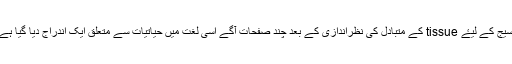
نسیج کے لیۓ tissue کے متبادل کی نظراندازی کے بعد چند صفحات آگے اسی لغت میں حیاتیات سے متعلق ایک اندراج دیا گیا ہے۔